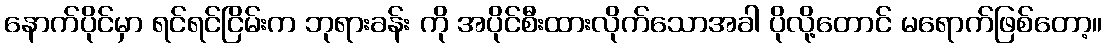
နောက်ပိုင်မှာ ရင်ရင်ငြိမ်းက ဘုရားခန်း ကို အပိုင်စီးထားလိုက်သောအခါ ပိုလို့တောင် မရောက်ဖြစ်တော့။